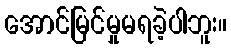
အောင်မြင်မှုမရခဲ့ပါဘူး။